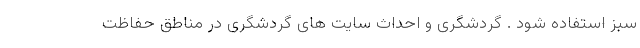
سبز استفاده شود . گردشگری و احداث سایت های گردشگری در مناطق حفاظت